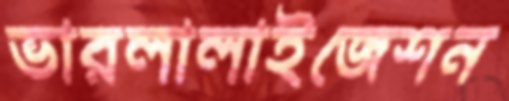
ভারলালাইজেশন